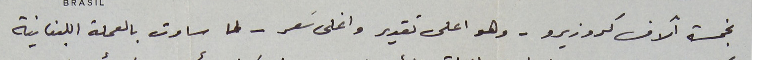
بخمسة آلاف كروزيرو – وهو اعلى تقدير واغلى سَعر - لما ساوت بالعملة اللبنانية